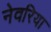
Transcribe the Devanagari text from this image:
नेवरिया